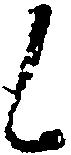
候